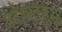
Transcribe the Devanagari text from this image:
प्रदेशातसुद्धा